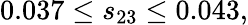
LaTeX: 0.037\leq s_{23}\leq 0.043,